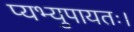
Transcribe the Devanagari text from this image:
प्यभ्युपायतः।